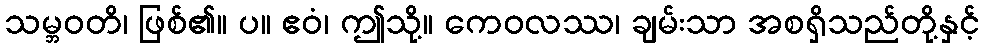
သမ္ဘဝတိ၊ ဖြစ်၏။ ပ။ ဧဝံ၊ ဤသို့။ ကေဝလဿ၊ ချမ်းသာ အစရှိသည်တို့နှင့်